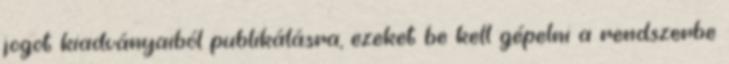
jogot kiadványaiból publikálásra, ezeket be kell gépelni a rendszerbe